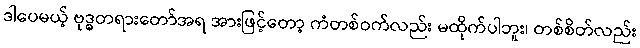
ဒါပေမယ့် ဗုဒ္ဓတရားတော်အရ အားဖြင့်တော့ ကံတစ်ဝက်လည်း မထိုက်ပါဘူး၊ တစ်စိတ်လည်း